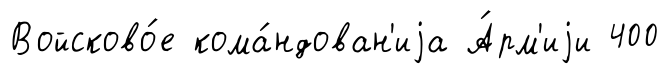
Войсково́е кома́ндован'иjа А́рм'иjи 400